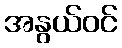
အနွယ်ဝင်